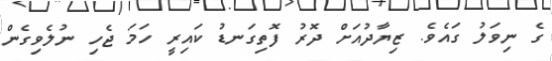
ގެ ނިވަލު ގައެވެ. ޒިޔާދުއަށް ދޮރު ފޮތިގަނޑު ކައިރީ ހަމަ ޖެހި ނުލެވިގެން